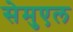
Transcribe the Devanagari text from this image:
सेमुएल